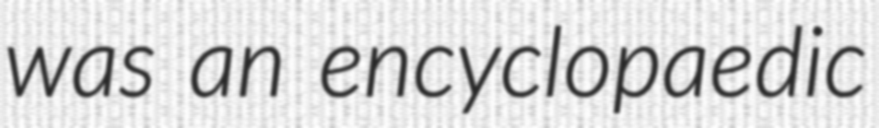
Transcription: was an encyclopaedic